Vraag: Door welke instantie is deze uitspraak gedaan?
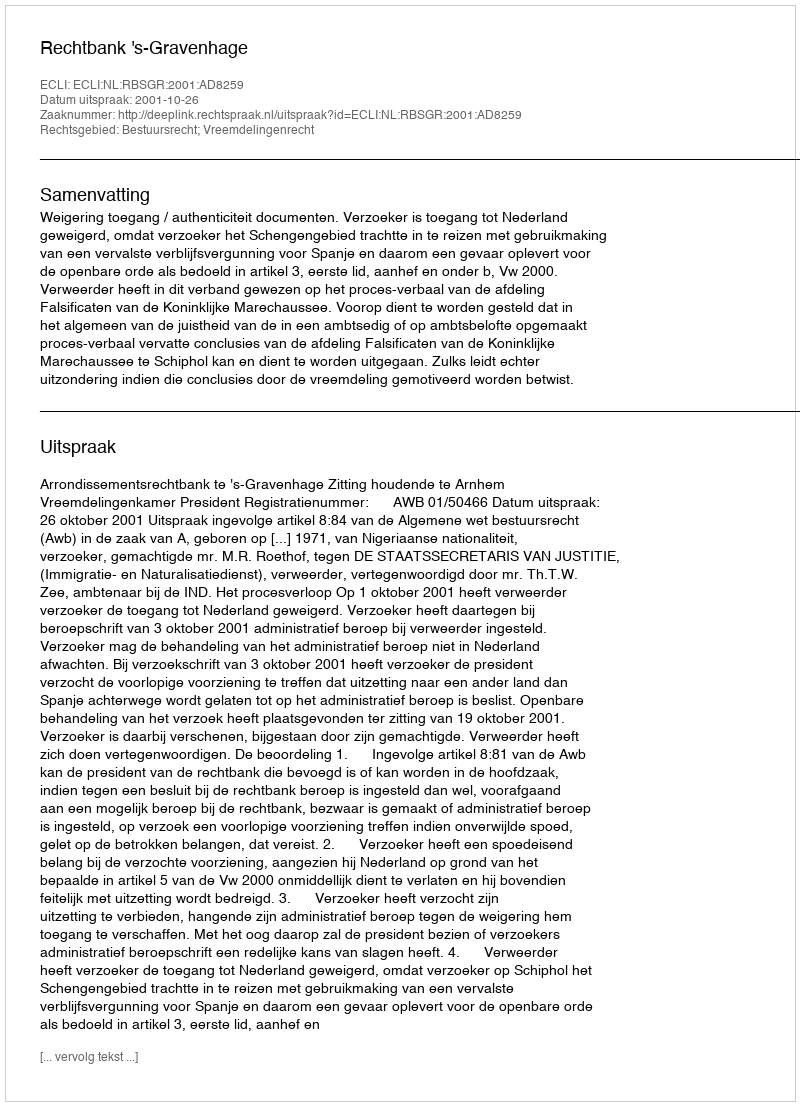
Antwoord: Rechtbank 's-Gravenhage